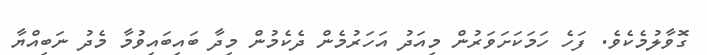
ގޮވާލުމެކެވެ. ފަހެ ހަމަކަށަވަރުން މިއަދު އަހަރުމެން ދެކެމުން މިދާ ބައިބައިވުމާ މެދު ނަބިއްޔާ